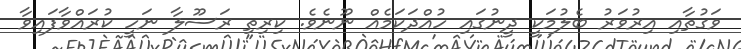
ވަގުތާއި އިރުވަރު ބެލުމަކީ ދީނުގައި ހުއްދަކަމެއް ނޫނެވެ. ކިރިތި ރަސޫލާ ނަހީ ކުރައްވާފައިވާ